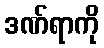
ဒဏ်ရာကို